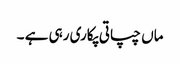
ماں چپاتی پکاری رہی ہے ۔